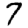
Digit: 7